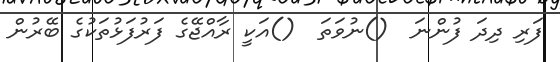
ފަރި ދިދަ ފުންނަ  ()ނުވަތަ  ()އަކީ ރާއްޖޭގެ ފަރުފަޅުތަކުގެ ބޭރުން